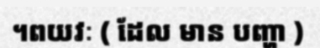
។ពយវៈ ( ដែល មាន បញ្ហា )